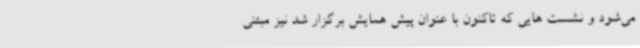
می‌شود و نشست هایی که تاکنون با عنوان پیش همایش برگزار شد نیز مبتنی